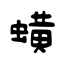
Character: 蟥